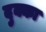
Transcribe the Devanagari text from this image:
दुक्का